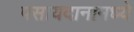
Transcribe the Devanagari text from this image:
पसायदानामध्ये